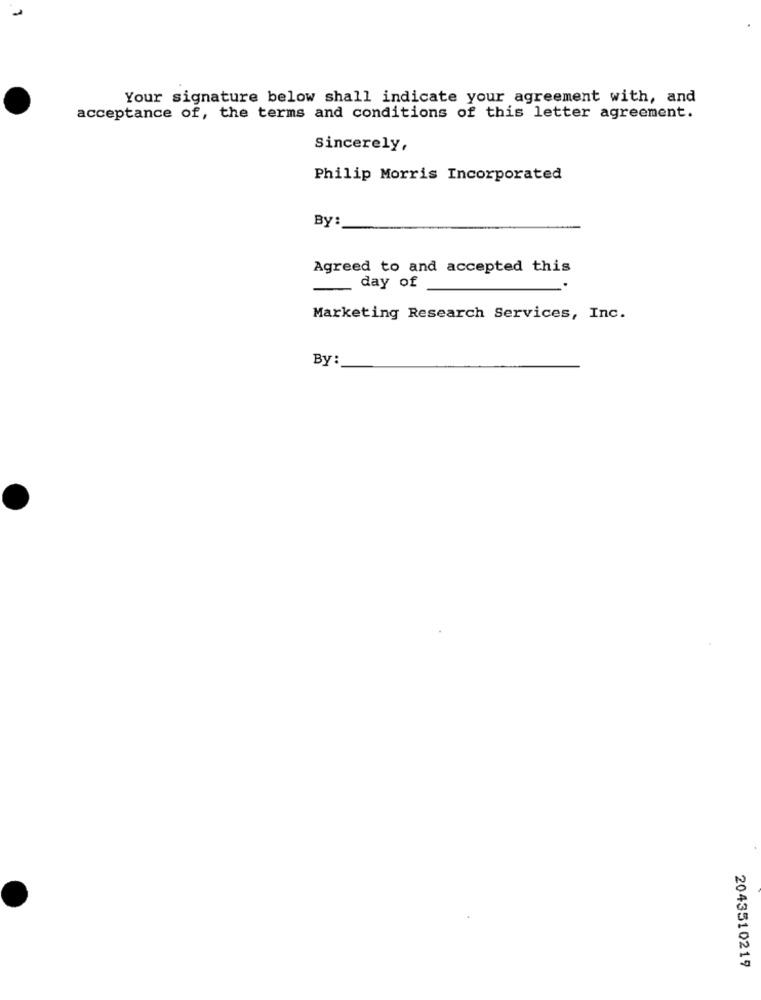
Your signature below shall indicate your agreement with, and
acceptance of, the terms and conditions of this letter agreement.
Sincerely,
Philip Morris Incorporated
By:
Agreed to and accepted this
day of
Marketing Research Services, Inc.
By:
2043510219